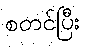
စတင်ပြီး